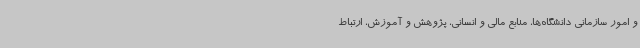
و امور سازمانی دانشگاه‌ها، منابع مالی و انسانی، پژوهش و آموزش، ارتباط